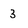
Character: 3